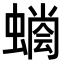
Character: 𧐬